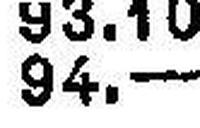
94.—